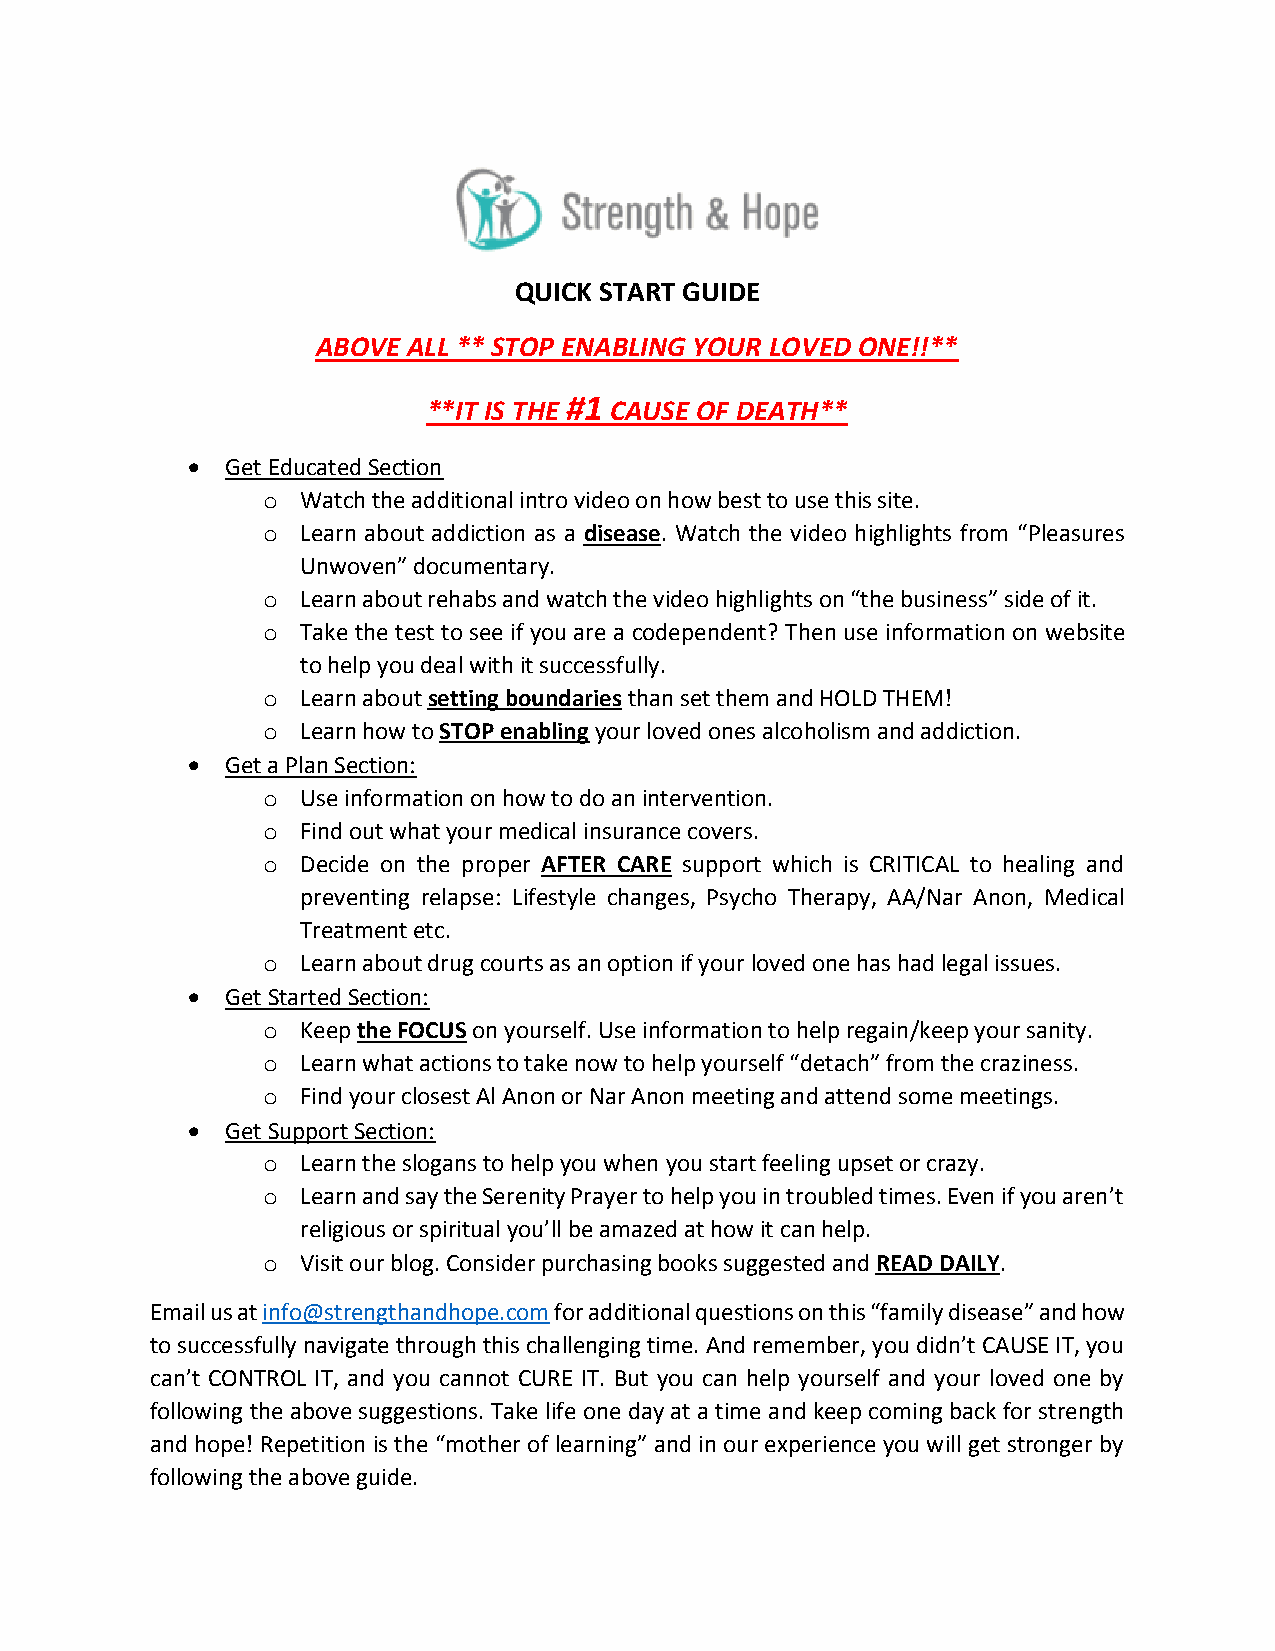
QUICK START GUIDE
 ABOVE ALL ** STOP ENABLING YOUR LOVED ONE!!**
 #1
 **IT IS THE CAUSE OF DEATH**
   Get Educated Section
 o  Watch the additional intro video on how best to use this site.
 o  Learn about addiction as a disease. Watch the video highlights from “Pleasures
 Unwoven” documentary.
 o  Learn about rehabs and watch the video highlights on “the business” side of it.
 o  Take the test to see if you are a codependent? Then use information on website
 to help you deal with it successfully.
 o  Learn about setting boundaries than set them and HOLD THEM!
 o  Learn how to STOP enabling your loved ones alcoholism and addiction.
   Get a Plan Section:
 o  Use information on how to do an intervention.
 o  Find out what your medical insurance covers.
 o  Decide on the proper AFTER CARE support which is CRITICAL to healing and
 preventing relapse: Lifestyle changes, Psycho Therapy, AA/Nar Anon, Medical
 Treatment etc.
 o  Learn about drug courts as an option if your loved one has had legal issues.
   Get Started Section:
 o  Keep the FOCUS on yourself. Use information to help regain/keep your sanity.
 o  Learn what actions to take now to help yourself “detach” from the craziness.
 o  Find your closest Al Anon or Nar Anon meeting and attend some meetings.
   Get Support Section:
 o  Learn the slogans to help you when you start feeling upset or crazy.
 o  Learn and say the Serenity Prayer to help you in troubled times. Even if you aren’t
 religious or spiritual you’ll be amazed at how it can help.
 o  Visit our blog. Consider purchasing books suggested and READ DAILY.
 Email us at info@strengthandhope.com for additional questions on this “family disease” and how
 to successfully navigate through this challenging time. And remember, you didn’t CAUSE IT, you
 can’t CONTROL IT, and you cannot CURE IT. But you can help yourself and your loved one by
 following the above suggestions. Take life one day at a time and keep coming back for strength
 and hope! Repetition is the “mother of learning” and in our experience you will get stronger by
 following the above guide.